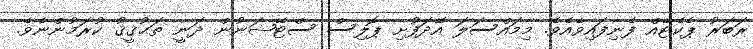
ރަބަރު ޕެކެޓެއް ފެނިފައިވެއެވެ. މިމައްސަލަ އޭދަފުށި ޕޮލިސް ސްޓޭޝަނުން ދަނީ ތަޙުޤީޤު ކުރަމުންނެވެ.